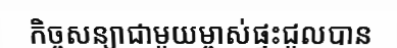
កិច្ចសន្យាជាមួយម្ចាស់ផ្ទះជួលបាន